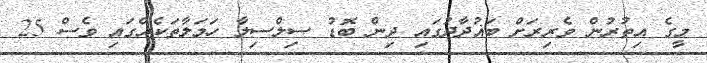
މީގެ އިތުރުން ވެރިރަށް ބަޣުދާދުގައި ދިން ބޮޑު ސިލްސިލާ ހަމަލާތަކެއްގައި ވެސް 25